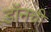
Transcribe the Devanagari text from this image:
डॉनची